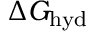
\Delta G _ { \mathrm { h y d } }